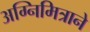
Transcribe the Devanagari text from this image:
अग्निमित्राने